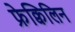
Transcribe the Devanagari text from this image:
फ्रेक्विलिन